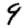
Digit: 9